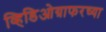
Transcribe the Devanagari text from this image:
व्हिडिओग्राफरच्या